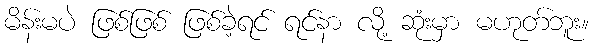
မိန်းမပဲ ဖြစ်ဖြစ် ဖြစ်ခဲ့ရင် ရင်နာ လို့ ဆုံးမှာ မဟုတ်ဘူး။